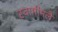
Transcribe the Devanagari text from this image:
स्वामीमलै